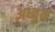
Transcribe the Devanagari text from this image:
अध्वुर्य